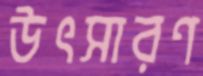
উৎসারণ